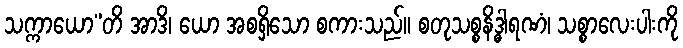
သက္ကာယော”တိ အာဒိ၊ ယော အစရှိသော စကားသည်။ စတုသစ္စနိဒ္ဓါရဏံ၊ သစ္စာလေးပါးကို